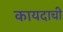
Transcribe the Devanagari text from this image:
कायदाची